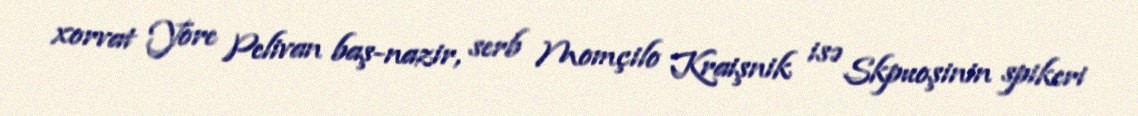
xorvat Yore Pelivan baş-nazir, serb Momçilo Kraişnik isə Skpuoşinin spikeri